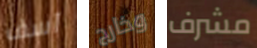
آسف وخارج مشرف